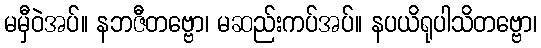
မမှီဝဲအပ်။ နဘဇီတဗ္ဗော၊ မဆည်းကပ်အပ်။ နပယိရုပါသိတဗ္ဗော၊